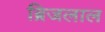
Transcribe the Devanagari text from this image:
ब्रिजलाल